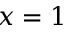
x = 1